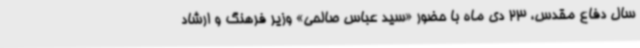
سال دفاع مقدس، 23 دی ماه با حضور «سید عباس صالحی» وزیر فرهنگ و ارشاد